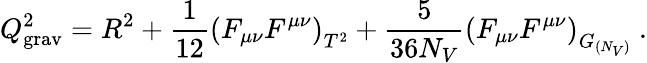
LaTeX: Q_{\mathrm{grav}}^{2}=R^{2}+{\frac{1}{12}}\left(F_{\mu\nu}F^{\mu\nu}\right)_{T^{2}}+{\frac{5}{36N_{V}}}\left(F_{\mu\nu}F^{\mu\nu}\right)_{G_{(N_{V})}}~.